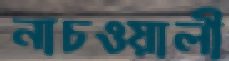
নাচওয়ালী